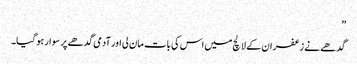
”
گدھے نے زعفران کے لالچ میں اس کی بات مان لی اور آدمی گدھے پر سوار ہو گیا۔